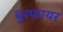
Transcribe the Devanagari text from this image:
बुश्फायर